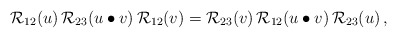
\begin{align*} {\mathcal R}_{12}(u)\, {\mathcal R}_{23}(u \bullet v) \, {\mathcal R}_{12}(v) = {\mathcal R}_{23}(v) \, {\mathcal R}_{12}(u \bullet v) \, {\mathcal R}_{23}(u)\,,\end{align*}